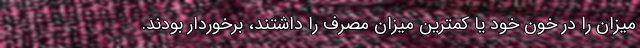
میزان را در خون خود یا کمترین میزان مصرف را داشتند، برخوردار بودند.